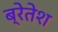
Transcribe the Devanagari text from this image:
ब्रेतेश